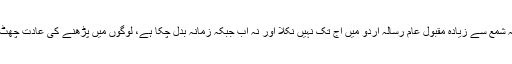
اردو صحافت کی تاریخ کی یہ سب سے بڑی حقیقت ہے کہ شمع سے زیادہ مقبول عام رسالہ اردو میں آج تک نہیں نکلا اور نہ اب جبکہ زمانہ بدل چکا ہے، لوگوں میں پڑھنے کی عادت چھٹ چکی ہے، مستقبل میں اتنا بڑا جریدہ کبھی سامنے آئے گا۔